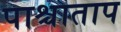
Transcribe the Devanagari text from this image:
पाश्चाताप